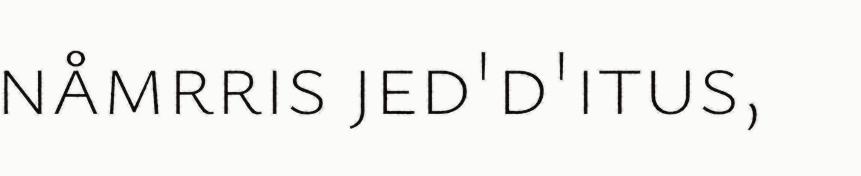
nåmrris jed'd'itus,